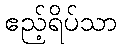
ဧည့်ရိပ်သာ